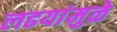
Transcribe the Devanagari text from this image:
लढयांमुळे